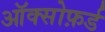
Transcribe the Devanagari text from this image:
ऑक्सोफ़र्ड